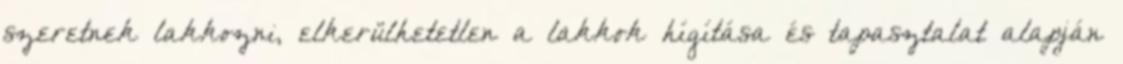
szeretnek lakkozni, elkerülhetetlen a lakkok hígítása és tapasztalat alapján